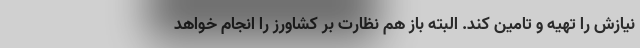
نیازش را تهیه و تامین کند. البته باز هم نظارت بر کشاورز را انجام خواهد